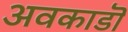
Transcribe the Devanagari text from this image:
अवकाडॊ